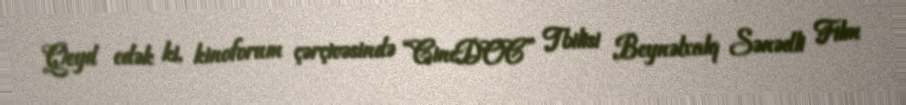
Qeyd edək ki, kinoforum çərçivəsində “CineDOC” Tbilisi Beynəlxalq Sənədli Film